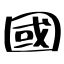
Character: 國